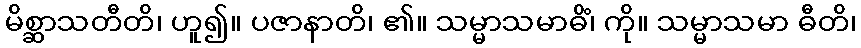
မိစ္ဆာသတီတိ၊ ဟူ၍။ ပဇာနာတိ၊ ၏။ သမ္မာသမာဓိံ၊ ကို။ သမ္မာသမာ ဓီတိ၊